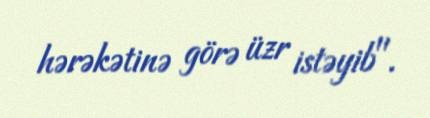
hərəkətinə görə üzr istəyib".